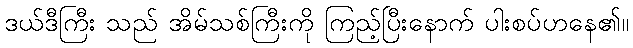
ဒယ်ဒီကြီး သည် အိမ်သစ်ကြီးကို ကြည့်ပြီးနောက် ပါးစပ်ဟနေ၏။